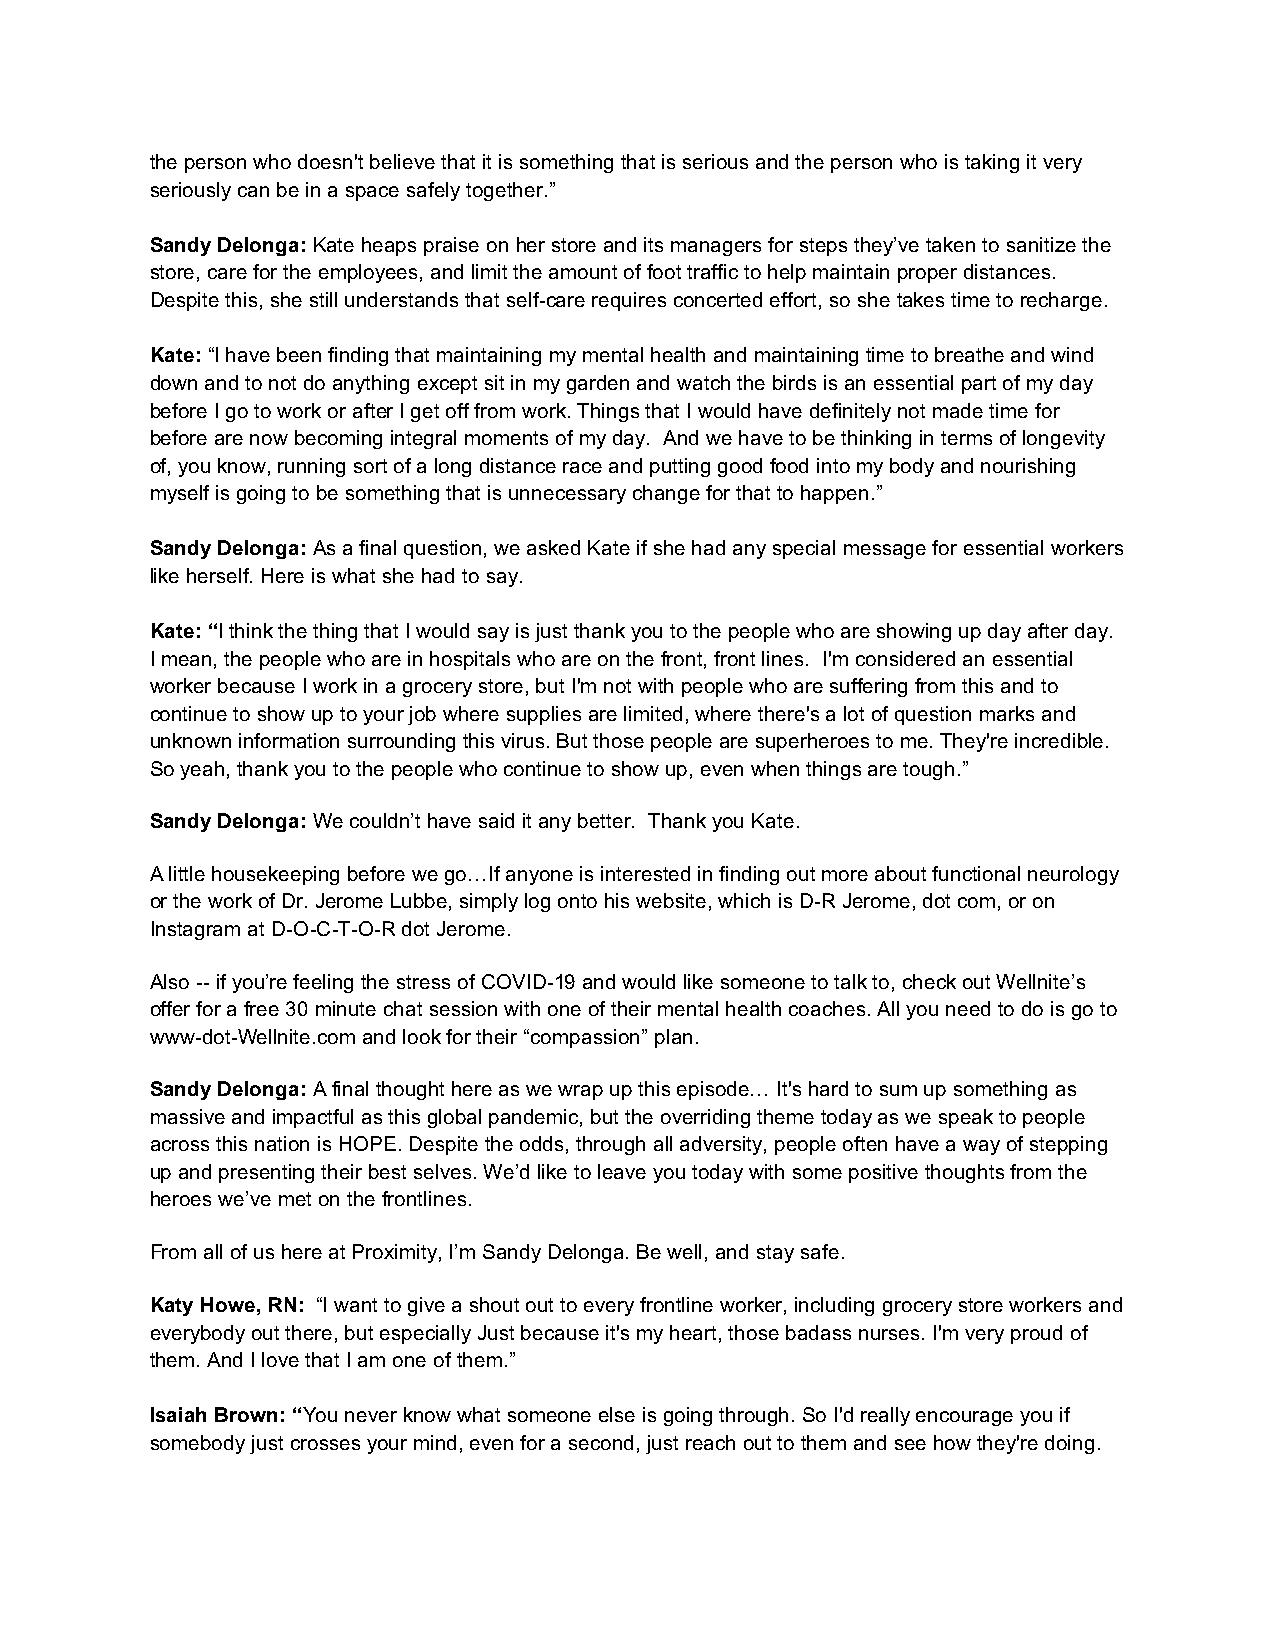
the person who doesn't believe that it is something that is serious and the person who is taking it very
 seriously can be in a space safely together.”
 Sandy Delonga: Kate heaps praise on her store and its managers for steps they’ve taken to sanitize the
 store, care for the employees, and limit the amount of foot traffic to help maintain proper distances.
 Despite this, she still understands that self-care requires concerted effort, so she takes time to recharge.
 Kate: “I have been finding that maintaining my mental health and maintaining time to breathe and wind
 down and to not do anything except sit in my garden and watch the birds is an essential part of my day
 before I go to work or after I get off from work. Things that I would have definitely not made time for
 before are now becoming integral moments of my day. And we have to be thinking in terms of longevity
 of, you know, running sort of a long distance race and putting good food into my body and nourishing
 myself is going to be something that is unnecessary change for that to happen.”
 Sandy Delonga: As a final question, we asked Kate if she had any special message for essential workers
 like herself. Here is what she had to say.
 Kate: “I think the thing that I would say is just thank you to the people who are showing up day after day.
 I mean, the people who are in hospitals who are on the front, front lines. I'm considered an essential
 worker because I work in a grocery store, but I'm not with people who are suffering from this and to
 continue to show up to your job where supplies are limited, where there's a lot of question marks and
 unknown information surrounding this virus. But those people are superheroes to me. They're incredible.
 So yeah, thank you to the people who continue to show up, even when things are tough.”
 Sandy Delonga: We couldn’t have said it any better. Thank you Kate.
 A little housekeeping before we go…If anyone is interested in finding out more about functional neurology
 or the work of Dr. Jerome Lubbe, simply log onto his website, which is D-R Jerome, dot com, or on
 Instagram at D-O-C-T-O-R dot Jerome.
 Also -- if you’re feeling the stress of COVID-19 and would like someone to talk to, check out Wellnite’s
 offer for a free 30 minute chat session with one of their mental health coaches. All you need to do is go to
 www-dot-Wellnite.com and look for their “compassion” plan.
 Sandy Delonga: A final thought here as we wrap up this episode… It's hard to sum up something as
 massive and impactful as this global pandemic, but the overriding theme today as we speak to people
 across this nation is HOPE. Despite the odds, through all adversity, people often have a way of stepping
 up and presenting their best selves. We’d like to leave you today with some positive thoughts from the
 heroes we’ve met on the frontlines.
 From all of us here at Proximity, I’m Sandy Delonga. Be well, and stay safe.
 Katy Howe, RN: “I want to give a shout out to every frontline worker, including grocery store workers and
 everybody out there, but especially Just because it's my heart, those badass nurses. I'm very proud of
 them. And I love that I am one of them.”
 Isaiah Brown: “You never know what someone else is going through. So I'd really encourage you if
 somebody just crosses your mind, even for a second, just reach out to them and see how they're doing.